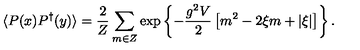
\langle P ( x ) P ^ { \dagger } ( y ) \rangle = \frac { 2 } { Z } \sum _ { m \in Z } \exp \left\{ - \frac { g ^ { 2 } V } { 2 } \left[ m ^ { 2 } - 2 \xi m + \vert \xi \vert \right] \right\} .